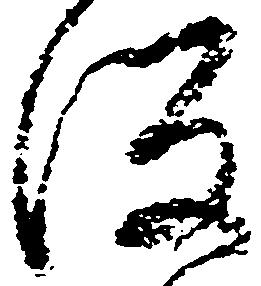
後